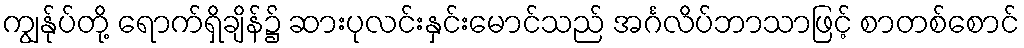
ကျွန်ုပ်တို့ ရောက်ရှိချိန်၌ ဆားပုလင်းနှင်းမောင်သည် အင်္ဂလိပ်ဘာသာဖြင့် စာတစ်စောင်